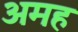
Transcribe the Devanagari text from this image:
अमह